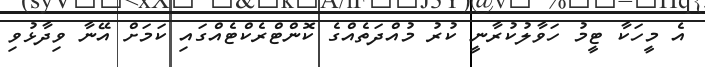
އެ މީހަކާ ޓީމު ހަވާލުކުރާނީ ކުރު މުއްދަތެއްގެ ކޮންޓްރެކްޓެއްގައި ކަމަށް އޭނާ ވިދާޅުވި